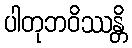
ပါတုဘဝိဿန္တိ